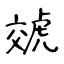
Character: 虠